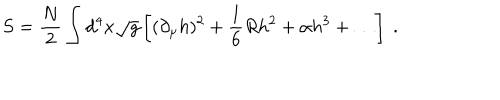
S = { \frac { N } { 2 } } \int d ^ { 4 } x \sqrt g \left[ ( \partial _ { \mu } h ) ^ { 2 } + { \frac { 1 } { 6 } } R h ^ { 2 } + \alpha h ^ { 3 } + \ldots \right] \ .